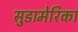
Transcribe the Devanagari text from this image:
सुडामेरिका